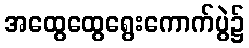
အထွေထွေရွေးကောက်ပွဲ၌